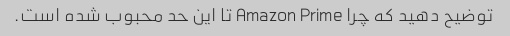
توضیح دهید که چرا Amazon Prime تا این حد محبوب شده است.